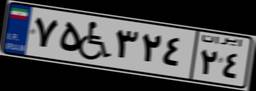
۷۵W۳۲۴۲۴